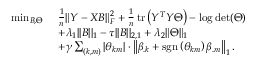
\begin{array} { r l } { \operatorname* { m i n } _ { B , \Theta } ~ } & { \frac { 1 } { n } \| Y - X B \| _ { F } ^ { 2 } + \frac { 1 } { n } \operatorname { t r } \left( Y ^ { T } Y \Theta \right) - \log \det ( \Theta ) } \\ & { + \lambda _ { 1 } | | B | | _ { 1 } - \tau | | B | | _ { 2 , 1 } + \lambda _ { 2 } \| \Theta \| _ { 1 } } \\ & { + \gamma \sum _ { ( k , m ) } \left| \theta _ { k m } \right| \cdot \left\| \beta _ { . k } + \operatorname { s g n } \left( \theta _ { k m } \right) \beta _ { . m } \right\| _ { 1 } . } \end{array}